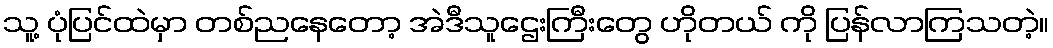
သူ့ ပုံပြင်ထဲမှာ တစ်ညနေတော့ အဲဒီသူဌေးကြီးတွေ ဟိုတယ် ကို ပြန်လာကြသတဲ့။